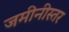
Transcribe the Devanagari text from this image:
जमीनीस्तर